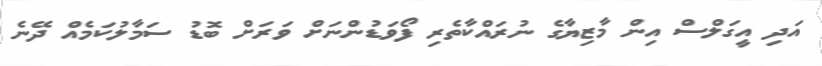
އަދި އީގަލްސް އިން މާޒިޔާގެ ނުރައްކާތެރި ފޯވަޑުންނަށް ވަރަށް ބޮޑު ސަމާލުކަމެއް ދޭނެ